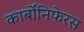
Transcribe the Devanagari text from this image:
कार्बोंनिफेरस